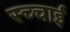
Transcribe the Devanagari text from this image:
स्च्चाई